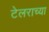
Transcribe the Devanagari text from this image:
टेलराच्या